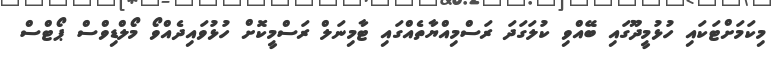
މިކަމަށްޓަކައި ހުޅުމީދޫގައި ބޭއްވި ކުލަގަދަ ރަސްމިއްޔާތެއްގައި ޓާމިނަލް ރަސްމީކޮށް ހުޅުވައިދެއްވޯ މޯލްޑިވްސް ޕޯޓްސް